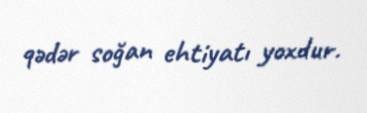
qədər soğan ehtiyatı yoxdur.